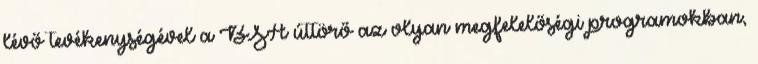
lévő tevékenységével a BSA úttörő az olyan megfelelőségi programokban,